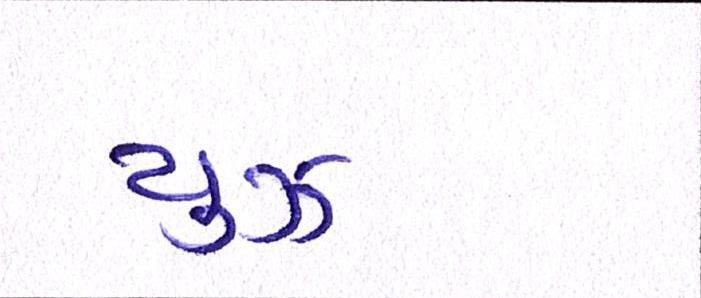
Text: યુઝ